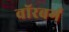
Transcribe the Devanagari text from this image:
वॉरबर्ग